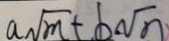
a \sqrt { m } + b \sqrt { n }